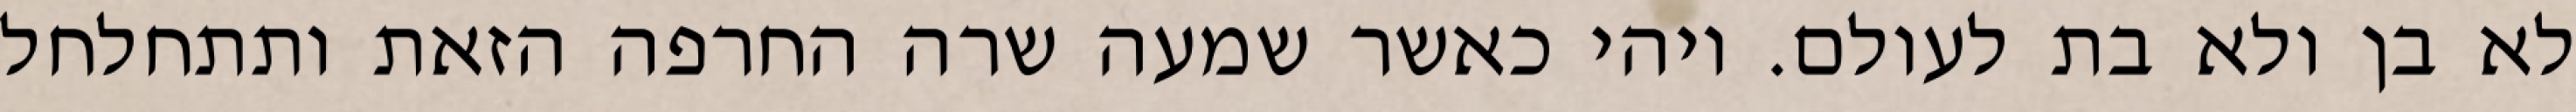
לא בן ולא בת לעולם. ויהי כאשר שמעה שרה החרפה הזאת ותתחלחל